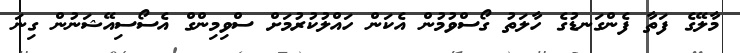
މާލޭގެ ފަތާ ފެންގަނޑުގެ ހާލަތު ގޯސްވުމުން އެކަން ހައްލުކުރުމަށް ސްވިމިންގް އެސޯސިއޭޝަނުން ގިނަ